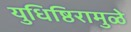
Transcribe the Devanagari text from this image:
युधिष्ठिरामुळे